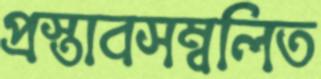
প্রস্তাবসম্বলিত